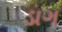
ડાગ